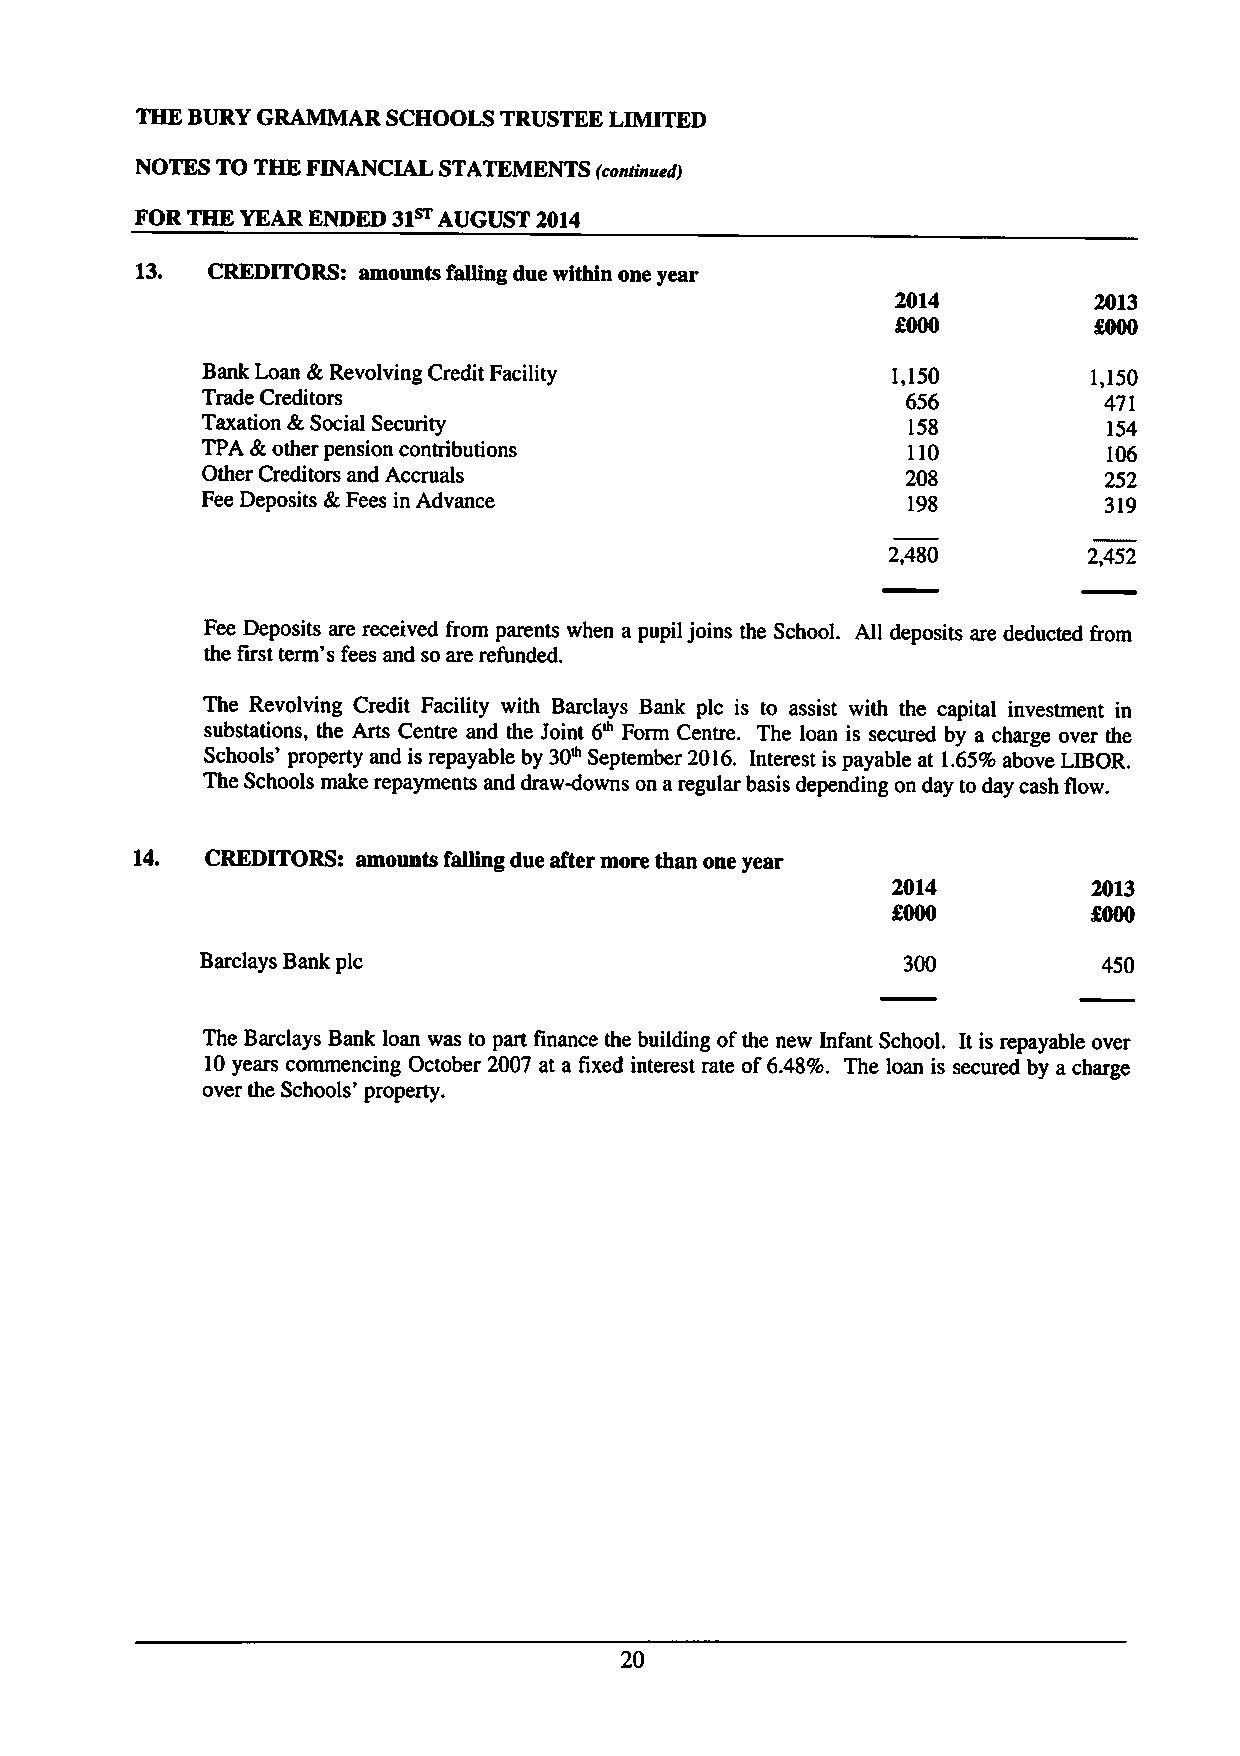
THE BURYGRAMMAR  SCHOOLS TRUSTEE LIMITED
 NOTES TO THE FINANCIAL STATEMENTS (continued)
 FORTHE YEAR ENDED 31~ AUGUST 2014
 13.  CREDITORS: amounts falling due within one year
 2014         2013
 f000
 QNO
 Bank Loan &Revolving Credit Facility          1,150        1,150
 Trade Creditors                                656          471
 Taxation &Social Security                      158          154
 TPA &other pension contributions               110          106
 Other Creditors and Accruals                   208          252
 FeeDeposits &Fees in Advance                   198          319
 2,480        2,452
 Fee Deposits are received from parents when a pupil joins the School. All deposits are deducted f'rom
 the first term's fees and so are refunded.
 The Revolving Credit Facility with Barclays Bank pic is to assist with the capital investment in
 substations, the Arts Centre and the Joint 6~ Form Centre. The loan is secured by a charge over the
 Schools' property and is repayable by 30~September 2016. Interest is payable at 1.65%above LIBOR.
 The Schools make repayments and draw-downs on aregular basis depending on day to day cash flow.
 14.  CREDITORS: amounts falling due after more than one year
 2014         2013
 f000         f000
 Barclays Bank pic                              300          450
 The Barclays Bank loan was to part finance the building ofthe new Infant School. It is repayable over
 10years commencing October 2007 at a fixed interest rate of6.48%. The loan is secured by a charge
 over the Schools' property.
 20